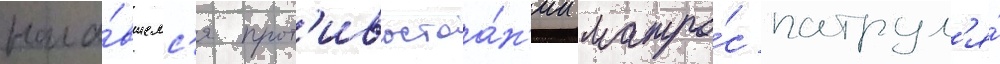
нача́вшемс'я прот'ивостоа́н'ии матро́с патрул'я́